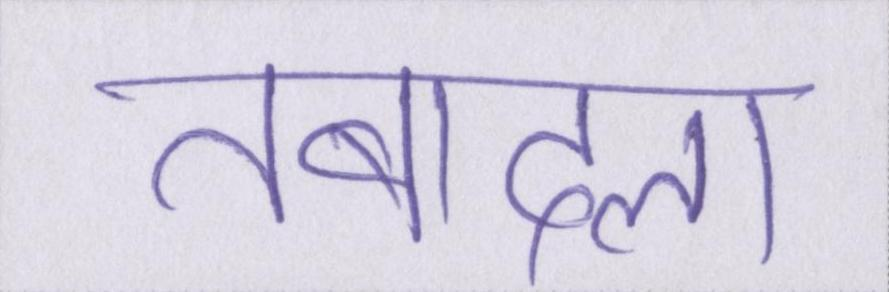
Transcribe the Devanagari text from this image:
तबादला